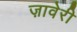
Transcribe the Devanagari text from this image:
ज़ावेरी